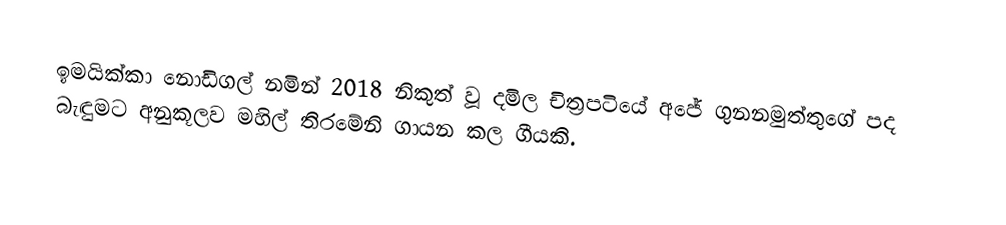
ඉමයික්කා නොඩිගල් නමින් 2018 නිකුත් වූ දමිල චිත්‍රපටියේ අජේ ගුනනමුත්තුගේ පද බැඳුමට අනුකූලව මහිල් තිරමේනි ගායන කල ගීයකි.